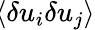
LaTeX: \! \left\langle{\delta u_{i}\delta u_{j}}\right\rangle